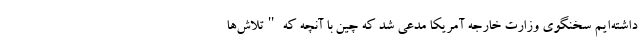
داشته‌ایم سخنگوی وزارت خارجه آمریکا مدعی شد که چین با آنچه که "تلاش‌ها